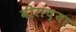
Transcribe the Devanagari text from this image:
वीराच्या